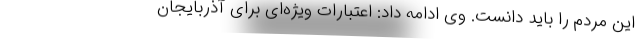
این مردم را باید دانست. وی ادامه داد: اعتبارات ویژه‌ای برای آذربایجان